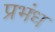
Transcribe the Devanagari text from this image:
प्रभंध